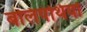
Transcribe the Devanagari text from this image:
बलिपंथियों